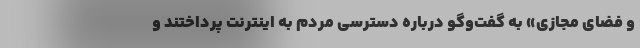
و فضای مجازی» به گفت‌وگو درباره دسترسی مردم به اینترنت پرداختند و